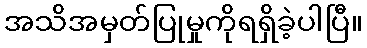
အသိအမှတ်ပြုမှုကိုရရှိခဲ့ပါပြီ။